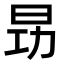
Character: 昮